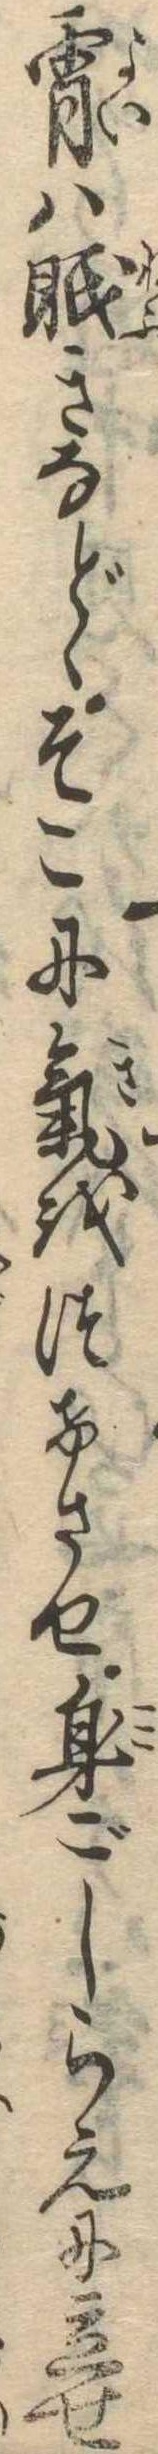
宵は眠きなどゝそこに気をつけさせ身ごしらえに立せ